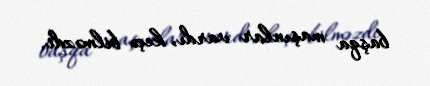
başqa maşınlar vardı, keçə bilməzdi.